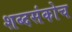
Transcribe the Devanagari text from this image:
शब्दसंकोच